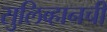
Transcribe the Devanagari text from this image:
सुलिव्हानची